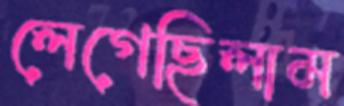
লেগেছিলাম